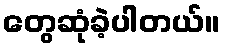
တွေဆုံခဲ့ပါတယ်။